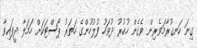
ގިނަ ހަނގުރާމަވެރިން ވެގެން ހުކުރު ދުވަހު ފުލުހުންގެ ހަތަރު ޕޯސްޓަކަށް ހަމަލާ ދީފައިވާ